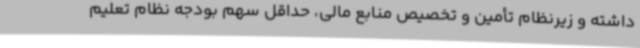
داشته و زیرنظام تأمین و تخصیص منابع مالی، حداقل سهم بودجه نظام تعلیم